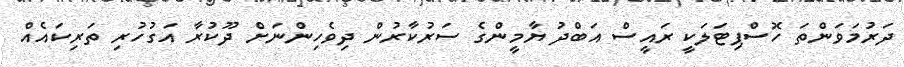
ދަރުމަވަންތަ ހޮސްޕިޓަލަކީ ރައީސް އަބްދު ޔާމީންގެ ސަރުކާރުން ދިވެހިންނަށް ދޫކުރާ އަގުހުރި ތަރިކައެއް